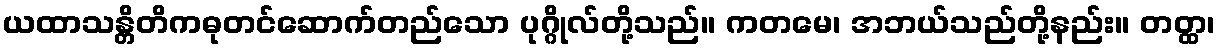
ယထာသန္တိတိကဓုတင်ဆောက်တည်သော ပုဂ္ဂိုလ်တို့သည်။ ကတမေ၊ အဘယ်သည်တို့နည်း။ တတ္ထ၊